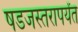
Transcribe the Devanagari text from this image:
षडजस्तरापर्यंत